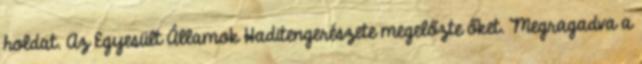
holdat. Az Egyesült Államok Haditengerészete megelőzte őket. Megragadva a